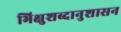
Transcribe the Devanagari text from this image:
भिक्षुशब्दानुशासन